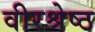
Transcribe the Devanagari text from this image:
वीरश्रेष्ठ